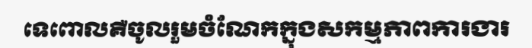
ទេពោលគឺចូលរួមចំណែកក្នុងសកម្មភាពការងារ